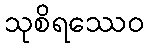
သုစိရဿေဝ